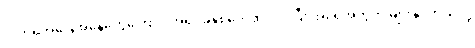
လက်ရှိအခြေအနေတွေကြောင့် အရင်ခုနှစ်တွေထက် ပိုပြီး အရေအတွက် များနိုင်တယ်လို့